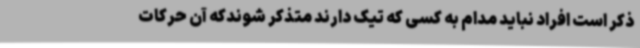
ذکر است افراد نباید مدام به کسی که تیک دارند متذکر شوندکه آن حرکات